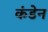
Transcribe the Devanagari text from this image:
कंडेन